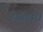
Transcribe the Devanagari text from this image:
डेओडारा